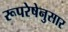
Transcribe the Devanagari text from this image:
रूपरेषेनुसार